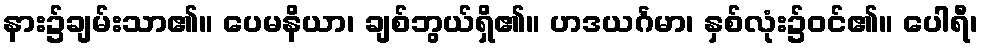
နား၌ချမ်းသာ၏။ ပေမနိယာ၊ ချစ်ဘွယ်ရှိ၏။ ဟဒယင်္ဂမာ၊ နှစ်လုံး၌ဝင်၏။ ပေါရီ၊